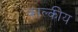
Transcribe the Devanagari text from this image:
काल्कीय